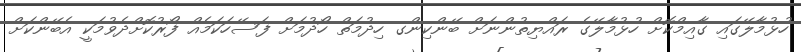
ހުޅުމާލޭގައި ގާއިމްކޮށް ހުޅުމާލޭގެ ރައްޔިތުންނަށް ބޭންކިންގ ހިދުމަތް ހޯދުމަށް ފަސޭހަކަމެއް ފޯރުކޮށްދެވުމަކީ އެބޭންކަށް